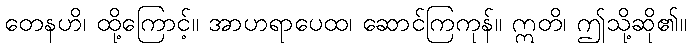
တေနဟိ၊ ထို့ကြောင့်။ အာဟရာပေထ၊ ဆောင်ကြကုန်။ ဣတိ၊ ဤသို့ဆို၏။